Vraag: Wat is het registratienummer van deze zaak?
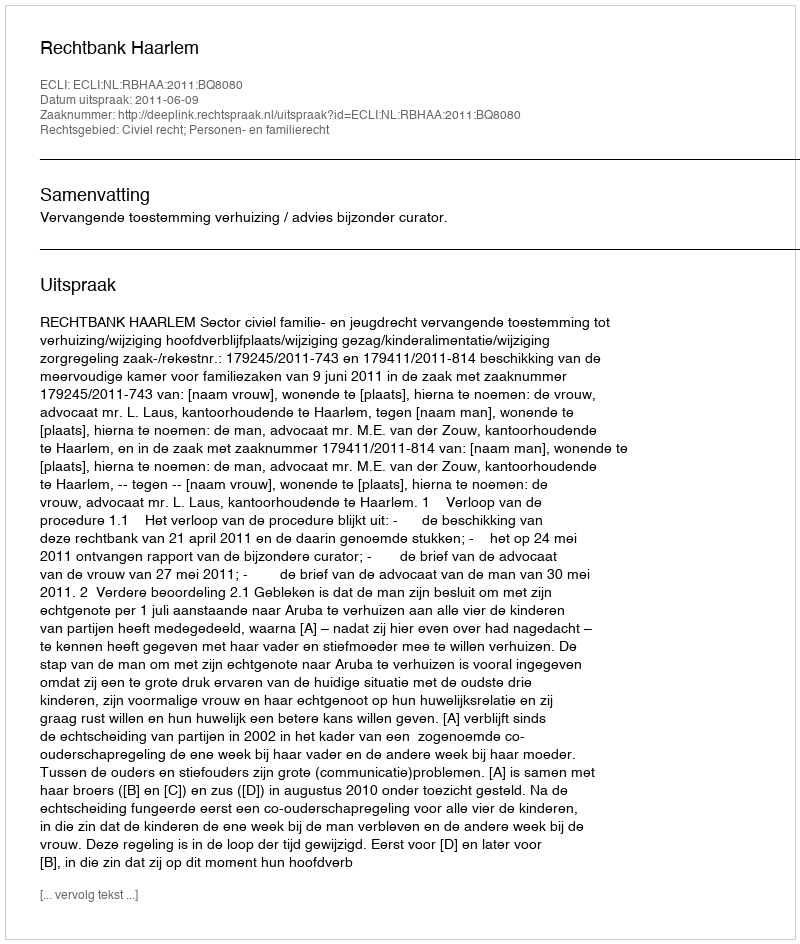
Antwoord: http://deeplink.rechtspraak.nl/uitspraak?id=ECLI:NL:RBHAA:2011:BQ8080